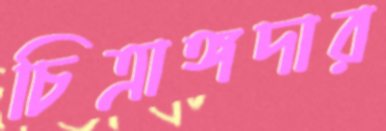
চিত্রাঙ্গদার